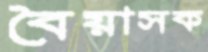
বৈয়াসক